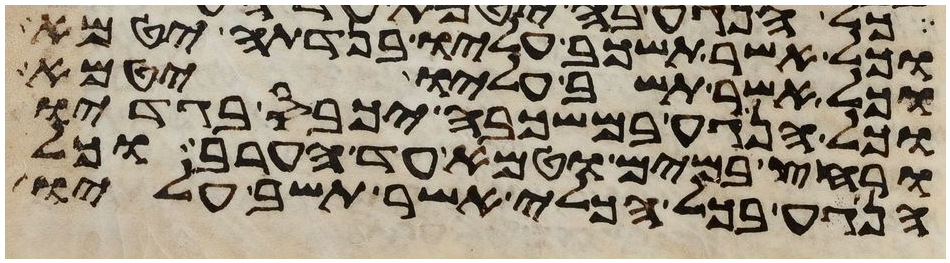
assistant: וכל אשר תשכב עליו בנדתה יטמא
וכל אשר תשב עליו יטמא
וכל הנגע במשכבה יכבס בגדיו
ורחץ במים וטמא עד הערב וכל
הנגע בכל הכלי אשר תשב עליו